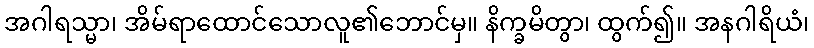
အဂါရသ္မာ၊ အိမ်ရာထောင်သောလူ၏ဘောင်မှ။ နိက္ခမိတွာ၊ ထွက်၍။ အနဂါရိယံ၊